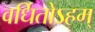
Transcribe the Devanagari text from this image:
वर्धितोऽहम्‌